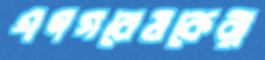
গণগবেষকেরা